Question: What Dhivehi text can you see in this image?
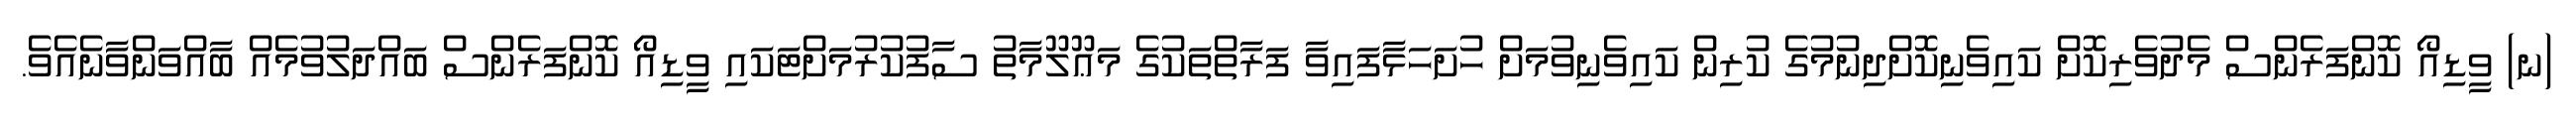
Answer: (ނ) ވީޑިއޯ ކޮންފަރެންސް މެދުވެރިކޮށް ކައިވެނިކޮށްދިނުމުގެ ކުރިން ކައިވެނިވުމަށް ހުށަހަޅާފައިވާ ފަރާތްތަކުގެ މަޢޫލޫމާތު ސާފުކުރުމަށްޓަކައި ވީޑިއޯ ކޮންފަރެންސް ބައްދަލުވުމެއް ބާއްވަންވާނެއެވެ.